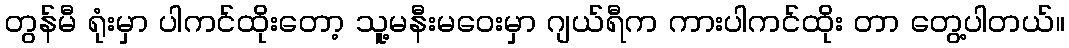
တွန်မီ ရုံးမှာ ပါကင်ထိုးတော့ သူ့မနီးမဝေးမှာ ဂျယ်ရီက ကားပါကင်ထိုး တာ တွေ့ပါတယ်။